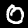
Label: 0